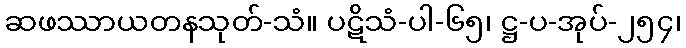
ဆဖဿာယတနသုတ်-သံ။ ပဋိသံ-ပါ-၆၅၊ ဋ္ဌ-ပ-အုပ်-၂၅၄၊